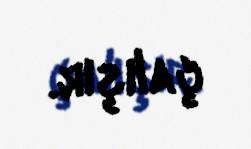
çalışır.